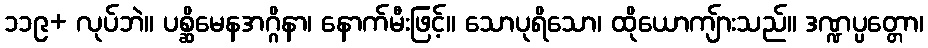
၁၁၉+ လုပ်ဘဲ။ ပစ္ဆိမေနအဂ္ဂိနာ၊ နောက်မီးဖြင့်။ သောပုရိသော၊ ထိုယောကျ်ားသည်။ ဒဏ္ဍပ္ပတ္တော၊